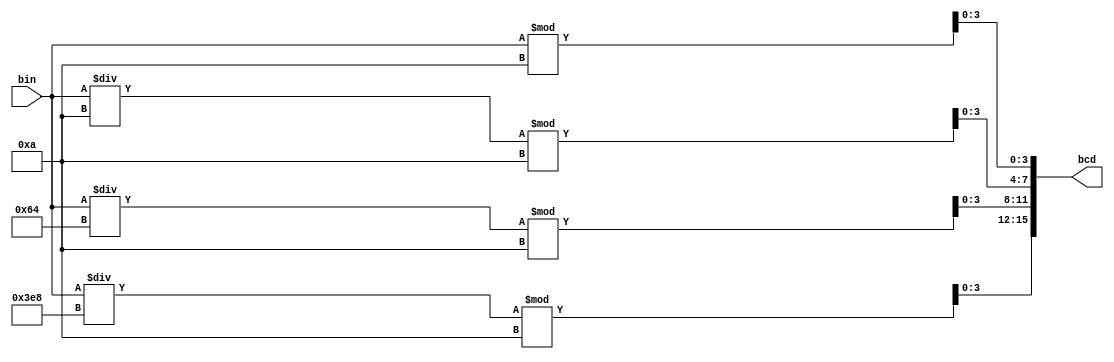
module Binary(bin,bcd); //
    input wire [9:0] bin; //10
    output reg [15:0] bcd; //16BCD
    initial begin bcd = 16'b0; end //BCD0
    always @(*) //
         begin
              bcd [3:0]  = bin % 10; //BCD
              bcd [7:4]  = bin /10 % 10; //BCD
              bcd [11:8] = bin / 100 % 10; //BCD
              bcd [15:12] = bin / 1000 % 10; //BCD
         end 
endmodule